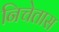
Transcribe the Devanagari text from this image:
निचेतास